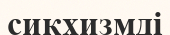
сикхизмді